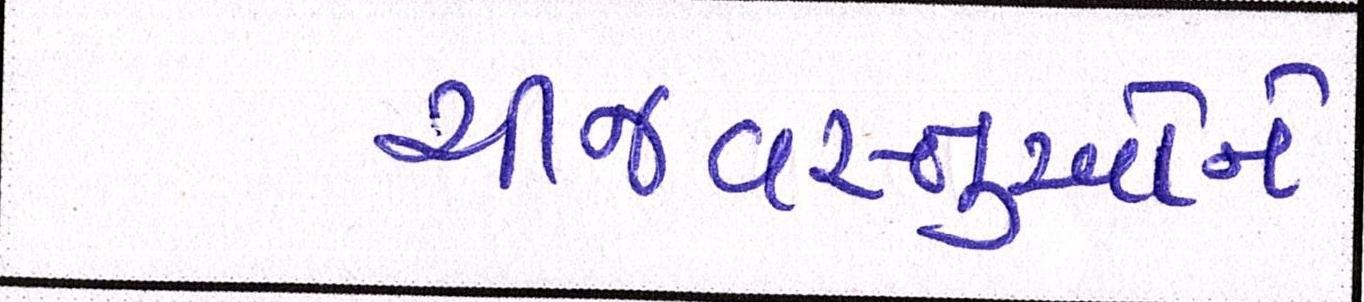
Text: ચીજવસ્તુઓને